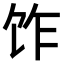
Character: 𫗢